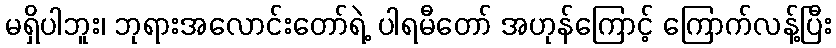
မရှိပါဘူး၊ ဘုရားအလောင်းတော်ရဲ့ ပါရမီတော် အဟုန်ကြောင့် ကြောက်လန့်ပြီး